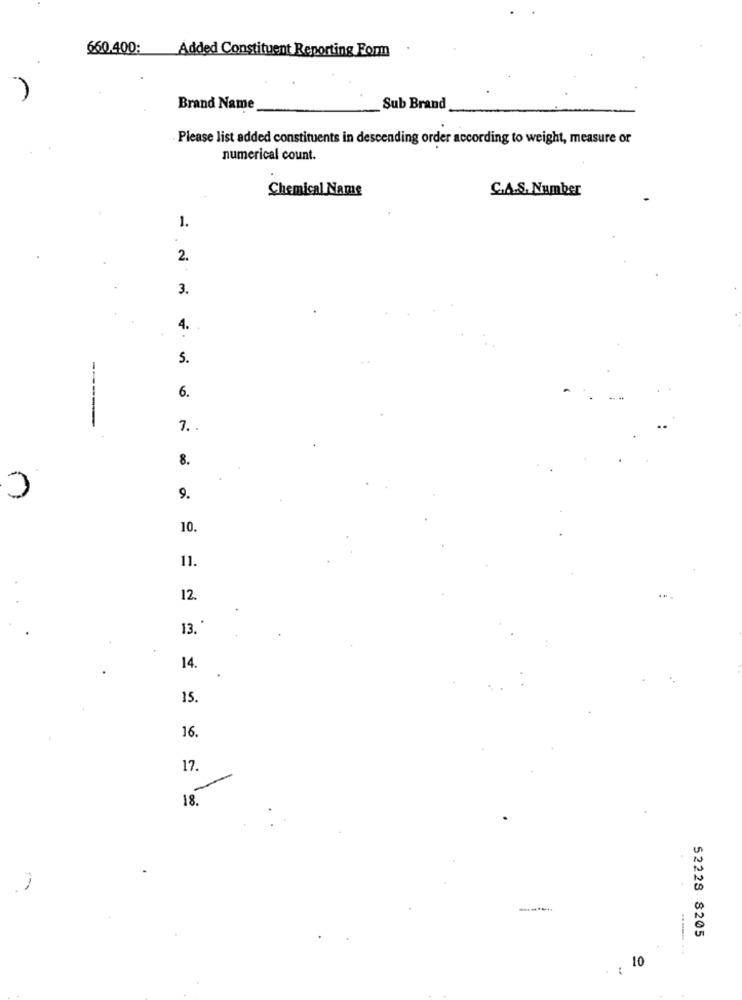
660.400:
Added Constituent Reporting Form
Brand Name
Sub Brand
Please list added constituents in descending order according to weight, measure or
numerical count.
Chemical Name
C.A.S. Number
1.
2.
3.
4.
5.
6.
-----
7. .
8.
9.
10.
11.
12.
13. "
14.
15.
16.
17.
18.
--....
52228 8205
10